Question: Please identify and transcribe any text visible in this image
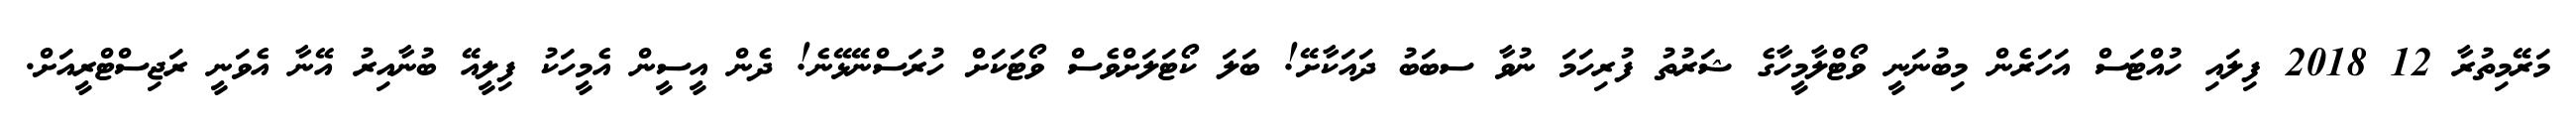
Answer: މަރޭމިތުރާ 12 2018 ފިލައި ހުއްޓަސް އަހަރެން މިބުނަނީ ވޯޓްލާމީހާގެ ޝަރުތު ފުރިހަމަ ނުވާ ސބަބު ދައަކާށޭ! ބަލަ ކޯޓަލަށްވެސް ވޯޓަކަށް ހުރަސްނޭޅޭނެ! ދެން އީސީން އެމީހަކު ފިލީއޭ ބުނާއިރު އޭނާ އެވަނީ ރަޖިސްޓްރީއަށް.